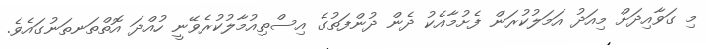
މި ގަވާއިދަށް މިއަދު އަމަލުކުރަން ފެށުމާއެކު ދެން ދުންފަތުގެ އިސްތިއުމާލުކުރެވޭނީ ހުއްދަ އޮތްތަނތަނުގައެވެ.